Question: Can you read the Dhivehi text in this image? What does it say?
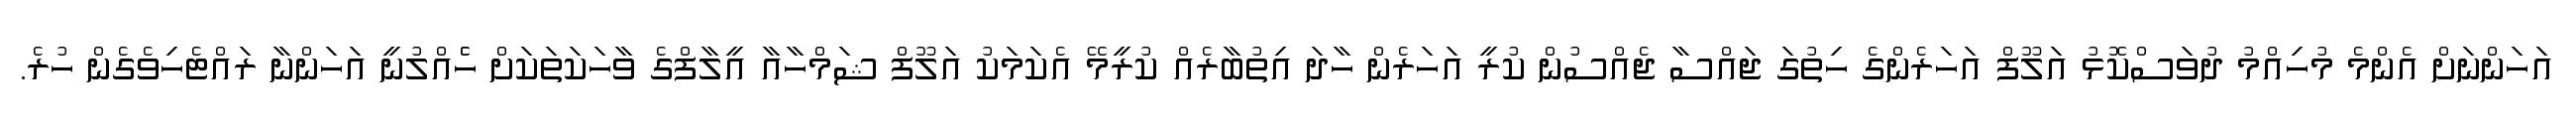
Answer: އަހަންނަށް އެންމެ މުހިއްމު ދުވަސްކޮޅު އަލޫފް އަހަރެންގެ ހިތުގަ ޖައްސާ ޖެއްސުން ކުރީ އަހަރެން ހާދަ އިތުބާރެއް ކުރީމޭ އެކަމަކު އަލޫފް ޝަމްހާއާ އީލާފްގެ ވާހަކަތަކަށް ހެެއްލުނީ އަހަންނާ ރައްޓެހިވެގެން ހުރެ.